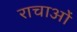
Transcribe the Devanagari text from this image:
राचाओं